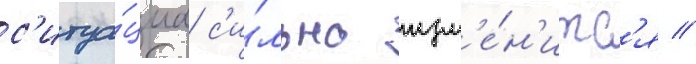
с'итуа́циа с'и́льно изм'е́н'итс'я //